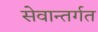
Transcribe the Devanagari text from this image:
सेवान्तर्गत